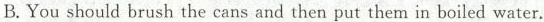
B.You should brush the cans and then put them in boiled water.